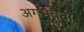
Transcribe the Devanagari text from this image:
अगर्भवती